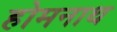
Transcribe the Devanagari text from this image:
होमनाथ